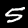
Label: 5